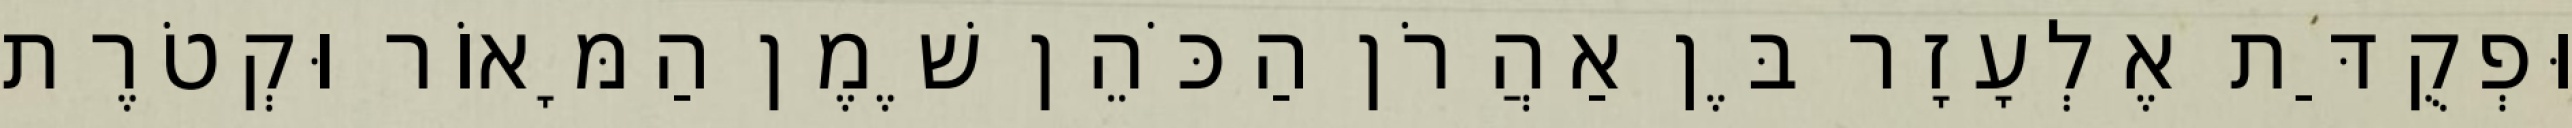
וּפְקֻדַּת אֶלְעָזָר בֶּן אַהֲרֹן הַכֹּהֵן שֶׁמֶן הַמָּאוֹר וּקְטֹרֶת